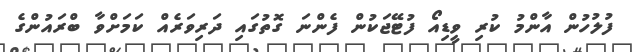
ފުލުހުން އާންމު ކުރި ވީޑިއޯ ފުޓޭޖަކުން ފެންނަ ގޮތުގައި ދަރިވަރެއް ކަމަށްވާ ބްރައުންގެ